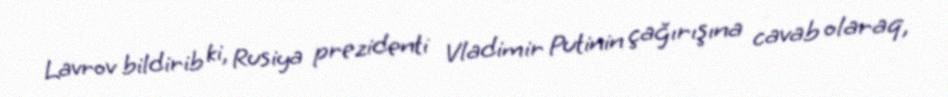
Lavrov bildirib ki, Rusiya prezidenti Vladimir Putinin çağırışına cavab olaraq,